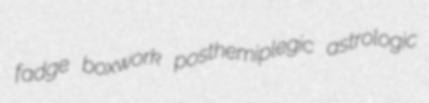
fadge boxwork posthemiplegic astrologic